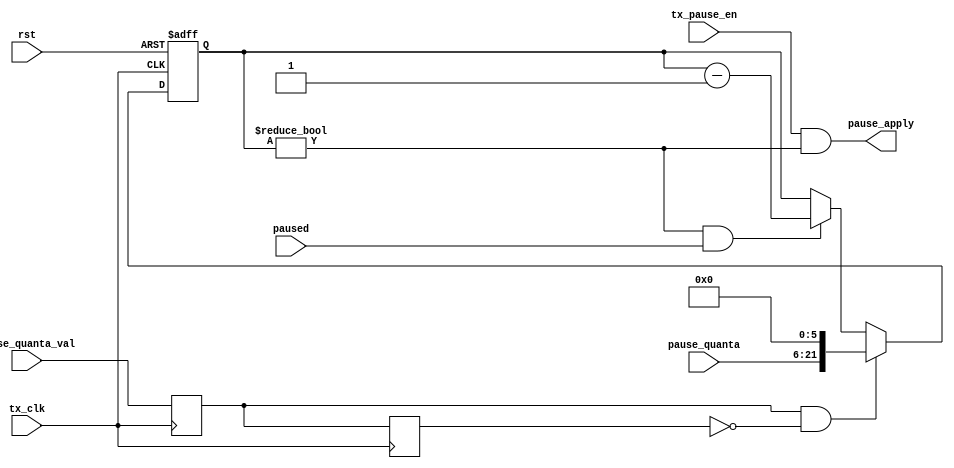
//
// Copyright 2011 Ettus Research LLC
// Copyright 2018 Ettus Research, a National Instruments Company
//
// SPDX-License-Identifier: LGPL-3.0-or-later
//



// TX side of flow control -- when other side sends PAUSE, we wait

module flow_ctrl_tx
  (input        rst,
   input        tx_clk,
   //host processor
   input        tx_pause_en,
   // From MAC_rx_ctrl
   input [15:0] pause_quanta,
   input        pause_quanta_val,
   // MAC_tx_ctrl
   output       pause_apply,
   input        paused);
     
   // ******************************************************************************        
   // Inhibit our TX from transmitting because they sent us a PAUSE frame
   // ******************************************************************************

   // Pauses are in units of 512 bit times, or 64 bytes/clock cycles, and can be
   //   as big as 16 bits, so 22 bits are needed for the counter
   
   reg [15+6:0] pause_quanta_counter;
   reg 		pqval_d1, pqval_d2;		

   always @(posedge tx_clk) pqval_d1 <= pause_quanta_val;
   always @(posedge tx_clk) pqval_d2 <= pqval_d1;

   always @ (posedge tx_clk or posedge rst)
     if (rst)
       pause_quanta_counter <= 0;
     else if (pqval_d1 & ~pqval_d2)
       pause_quanta_counter <= {pause_quanta, 6'b0}; 
     else if((pause_quanta_counter!=0) & paused)
       pause_quanta_counter <= pause_quanta_counter - 1;

   assign	pause_apply = tx_pause_en & (pause_quanta_counter != 0);
   
endmodule // flow_ctrl